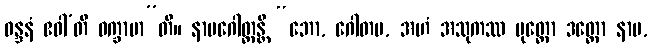
ဝန္ဒနံ ဧဝါ’တိ ဝက္ခာမာ”တိ။ နာမဂေါတ္တန္တိ “ဘော, ဂေါတမ, အဟံ အသုကဿ ပုတ္တော ဒတ္တော နာမ,